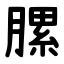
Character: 䐯